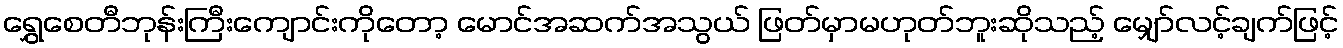
ရွှေစေတီဘုန်းကြီးကျောင်းကိုတော့ မောင်အဆက်အသွယ် ဖြတ်မှာမဟုတ်ဘူးဆိုသည့် မျှော်လင့်ချက်ဖြင့်